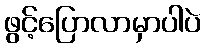
ဖွင့်ပြောလာမှာပါပဲ